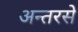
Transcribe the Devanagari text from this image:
अन्तरसे